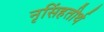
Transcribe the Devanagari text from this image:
नृसिंहतीर्थ